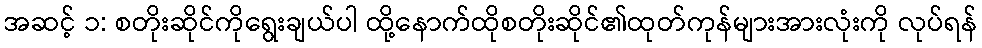
အဆင့် ၁: စတိုးဆိုင်ကိုရွေးချယ်ပါ ထို့နောက်ထိုစတိုးဆိုင်၏ထုတ်ကုန်များအားလုံးကို လုပ်ရန်